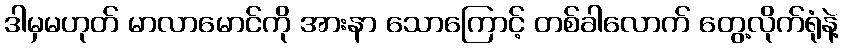
ဒါမှမဟုတ် မာလာမောင်ကို အားနာ သောကြောင့် တစ်ခါလောက် တွေ့လိုက်ရုံနဲ့